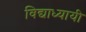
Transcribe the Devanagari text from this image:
विद्याध्यायी